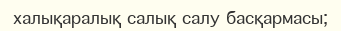
халықаралық салық салу басқармасы;